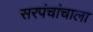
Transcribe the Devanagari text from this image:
सरपंचांचाला